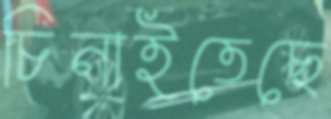
চিনাইতেছে